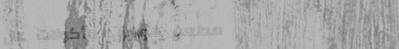
مطعم هورايزن: مأكولات عال